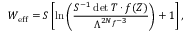
W _ { \mathrm { e f f } } = S \left[ \ln \left( \frac { S ^ { - 1 } \operatorname * { d e t } T \cdot f ( Z ) } { \Lambda ^ { 2 N _ { f } - 3 } } \right) + 1 \right] ,